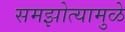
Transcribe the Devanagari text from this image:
समझोत्यामुळे